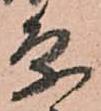
条